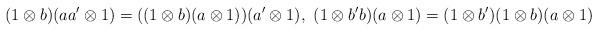
LaTeX: \begin{align*}(1\otimes b)(aa'\otimes 1)=((1\otimes b)(a\otimes 1))(a'\otimes 1),~(1\otimes b'b)(a\otimes 1)=(1\otimes b')(1\otimes b)(a\otimes 1)\end{align*}